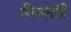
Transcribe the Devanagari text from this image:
मिनोकी